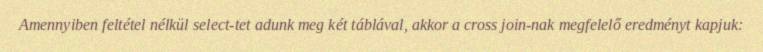
Amennyiben feltétel nélkül select-tet adunk meg két táblával, akkor a cross join-nak megfelelő eredményt kapjuk: